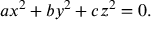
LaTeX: a x ^ { 2 } + b y ^ { 2 } + c z ^ { 2 } = 0 .